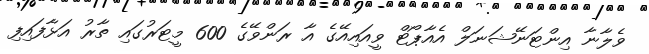
ވެލާނާ އިންޓަނޭޝަނަލް އެއާޕޯޓް ވީއައިއޭގެ އާ ރަންވޭގެ 600 މީޓަރުގައި ތާރު އަޅާފައިފި